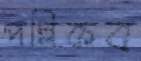
পল্লিকব